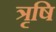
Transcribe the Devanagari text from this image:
त्रृषि